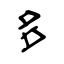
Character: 多